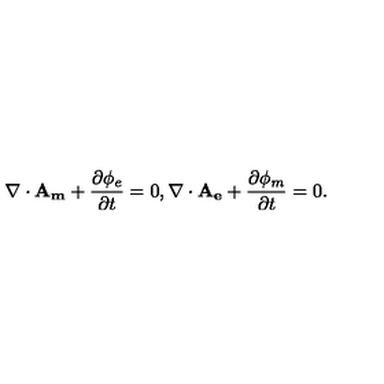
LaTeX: \nabla \cdot \mathbf { A _ { m } } + \frac { \partial \phi _ { e } } { \partial t } = 0 , \nabla \cdot \mathbf { A _ { e } } + \frac { \partial \phi _ { m } } { \partial t } = 0 .